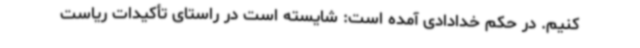
کنیم. در حکم خدادادی آمده است: شایسته است در راستای تأکیدات ریاست